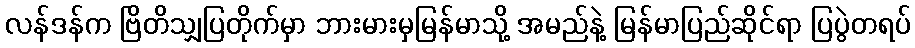
လန်ဒန်က ဗြိတိသျှပြတိုက်မှာ ဘားမားမှမြန်မာသို့ အမည်နဲ့ မြန်မာပြည်ဆိုင်ရာ ပြပွဲတရပ်